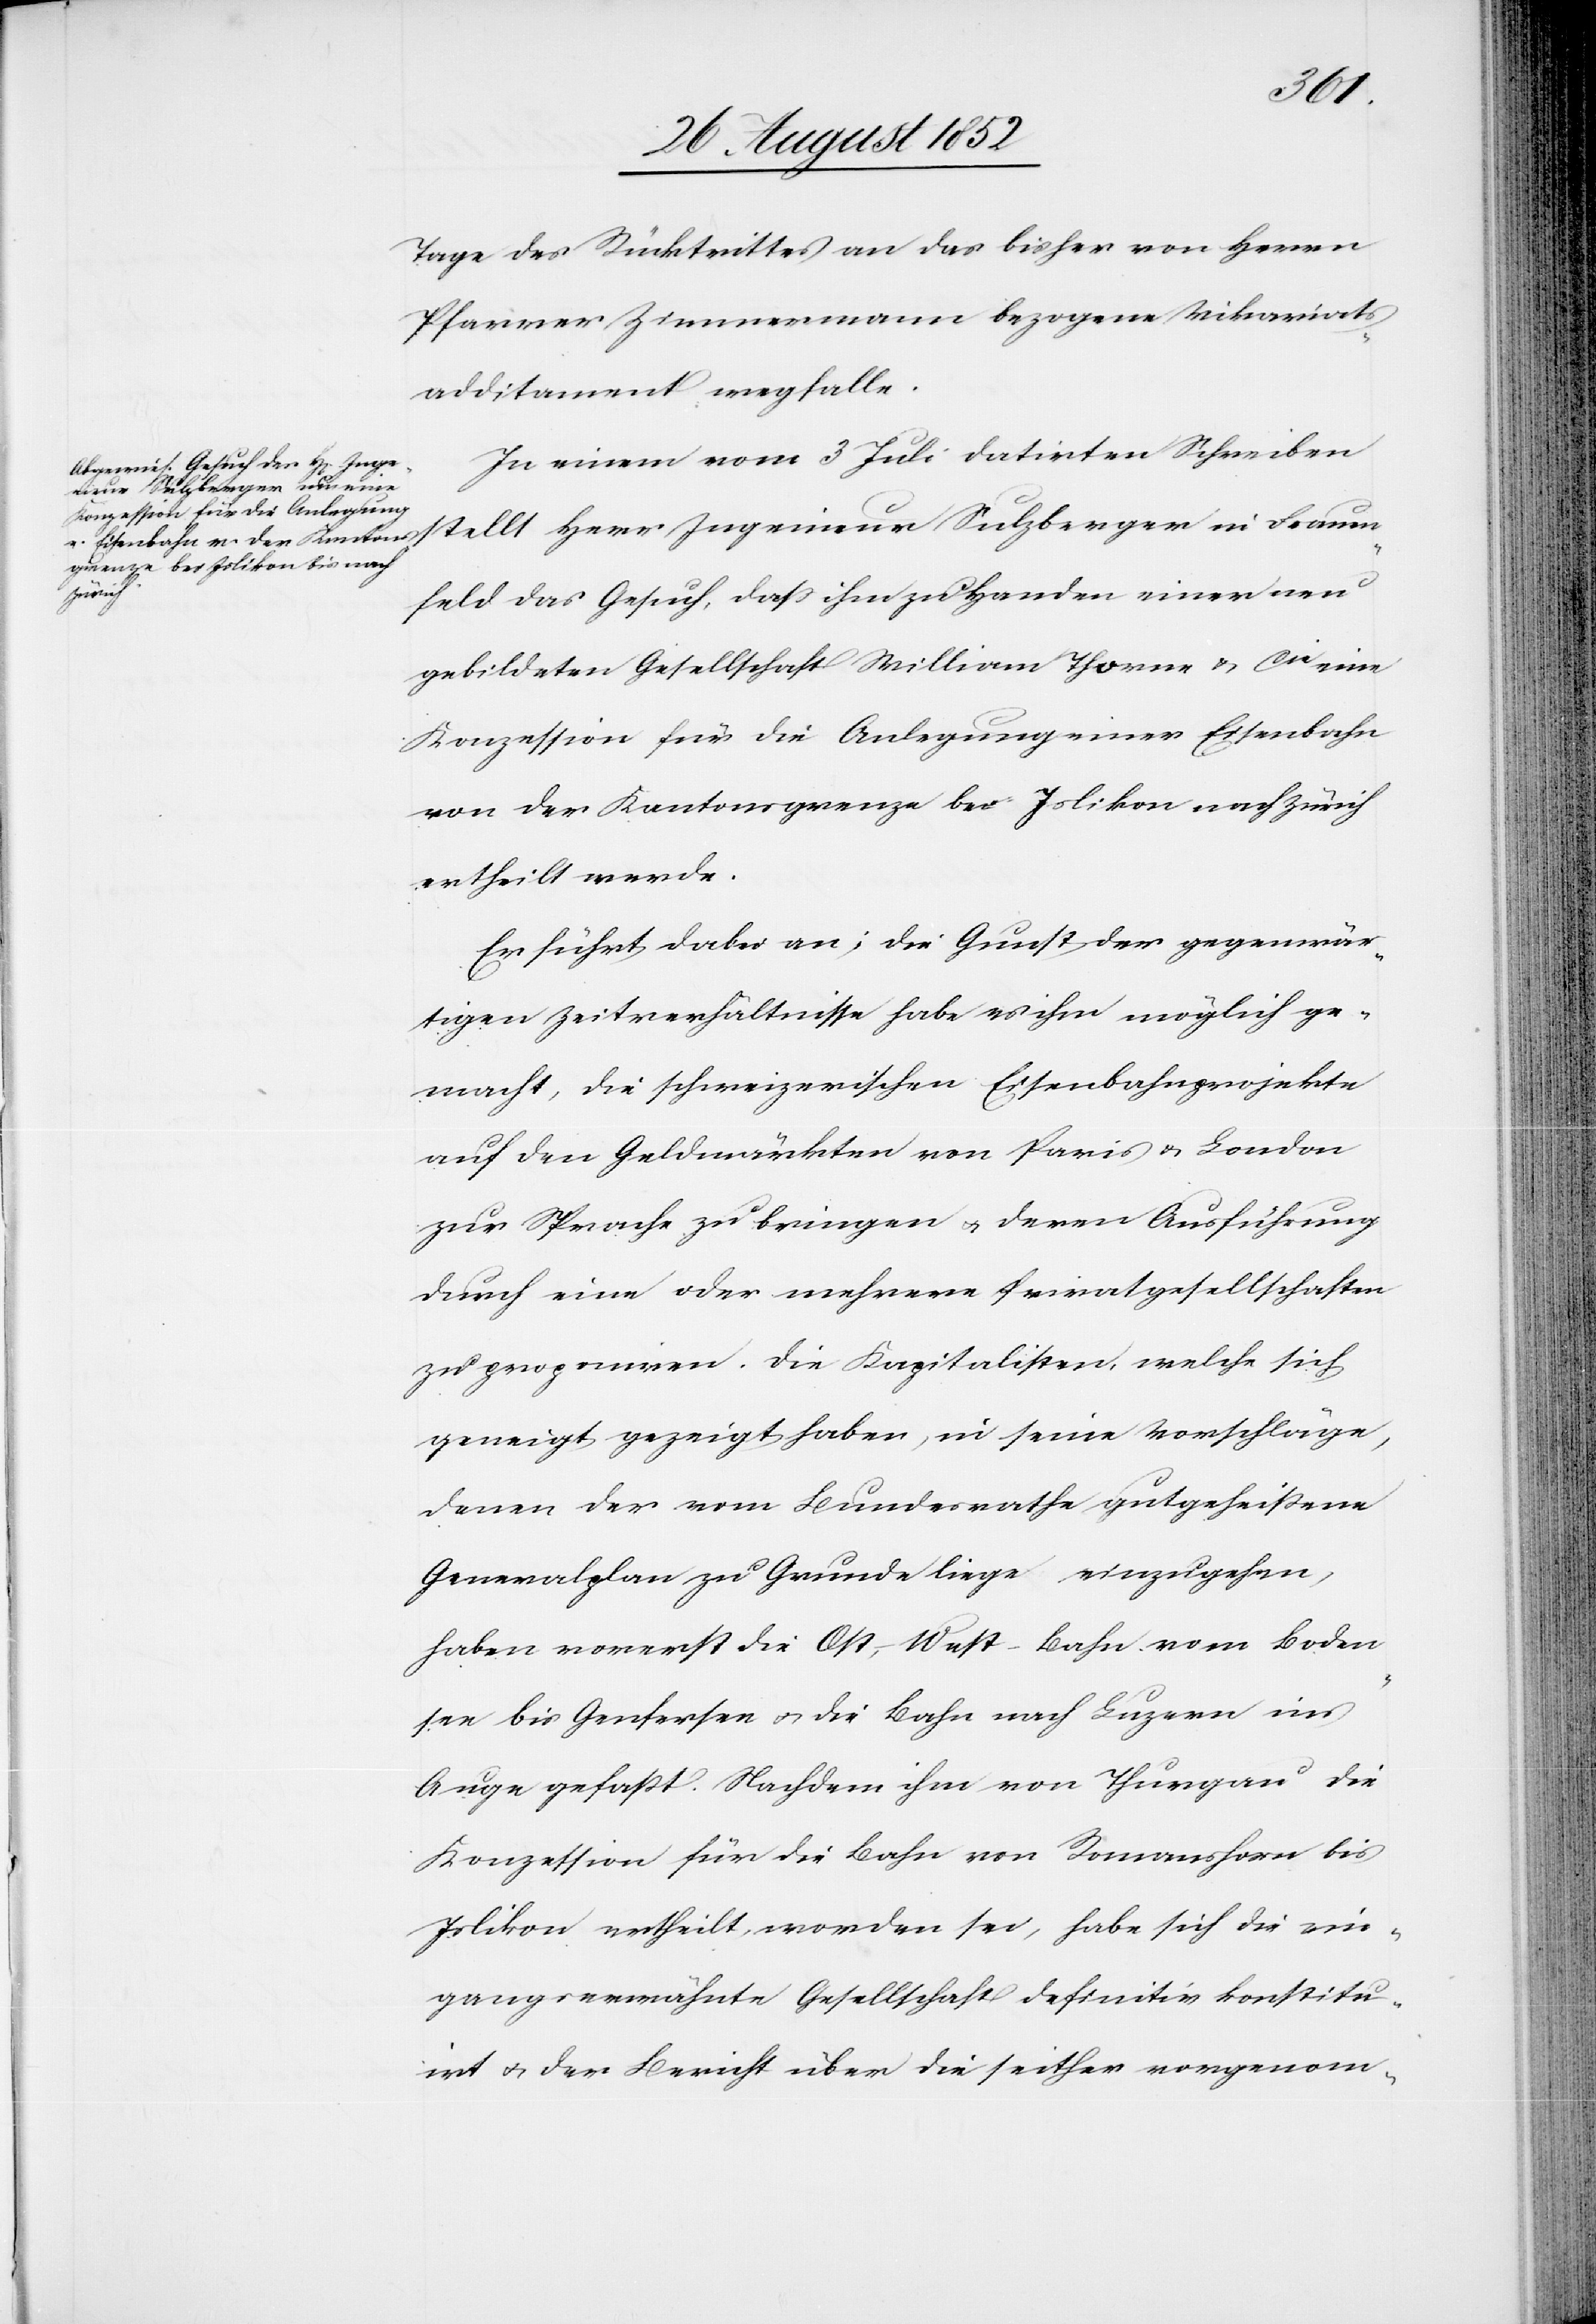
Ing¬
Tage des Rücktrittes an das bisher von Herrn
Pfarrer Zimmermann bezogene Vikariats¬
additament wegfalle.
In einem vom 3 Juli datirten Schreiben
enieur Sulzberger in Frauen¬
feld das Gesuch, dass ihm zu Handen einer neu
gebildeten Gesellschaft William Thorne & Cie eine
Konzession für die Anlegung einer Eisenbahn
von der Kantonsgrenze bei Islikon nach Zürich
ertheilt werde.
Er führt dabei an; die Gunst der gegenwär¬
tigen Zeitverhältnisse hab es ihm möglich ge¬
macht, die schweizerischen Eisenbahnprojekte
auf den Geldmärkten von Paris & London
zur Sprache zu bringen & deren Ausführung
durch eine oder mehrere Privatgesellschaften
zu proponiren. Die Kapitalisten, welche sich
geneigt gezeigt haben, in seine Vorschläge,
denen der vom Bundesrathe gutgeheißene
Generalplan zu Grunde liege einzugehen,
haben vorerst die Ost-West-Bahn vom Boden¬
see bis Genfersee & die Bahn nach Luzern ins
Auge gefaßt. Nachdem ihm von Thurgau die
Konzession für die Bahn von Romanshorn bis
Islikon ertheilt worden sei, habe sich die ein¬
gangserwähnte Gesellschaft definitiv konstitu¬
irt & der Bericht über die seither vorgenom-